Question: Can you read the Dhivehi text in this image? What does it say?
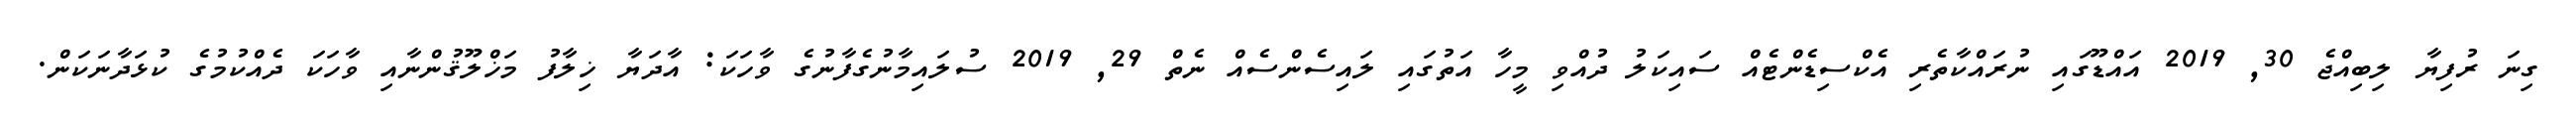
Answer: ގިނަ ރުފިޔާ ލިބިއްޖެ 30, 2019 އައްޑޫގައި ނުރައްކާތެރި އެކްސިޑެންޓެއް ސައިކަލު ދުއްވި މީހާ އަތުގައި ލައިސެންސެއް ނެތް 29, 2019 ސުލައިމާނުގެފާނުގެ ވާހަކަ: އާދަޔާ ޚިލާފު މަޚްލޫޤުންނާއި ވާހަކަ ދެއްކުމުގެ ކުޅަދާނަކަން.